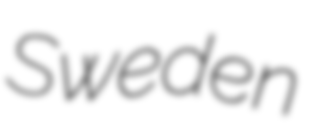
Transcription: Sweden